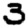
Digit: 3